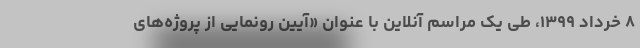
۸ خرداد ۱۳۹۹، طی یک مراسم آنلاین با عنوان «آیین رونمایی از پروژه‌های